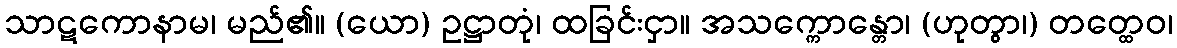
သာဋကောနာမ၊ မည်၏။ (ယော) ဥဋ္ဌာတုံ၊ ထခြင်းငှာ။ အသက္ကောန္တော၊ (ဟုတွာ၊) တတ္ထေဝ၊